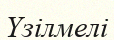
Үзілмелі